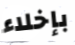
بإخلاء